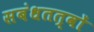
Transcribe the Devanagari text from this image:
सबंधतत्वों